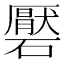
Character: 𮁑